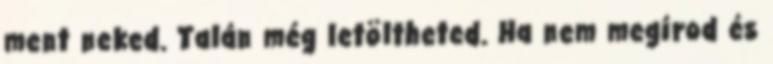
ment neked. Talán még letöltheted. Ha nem megírod és